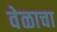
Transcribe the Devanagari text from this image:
वेळाचा